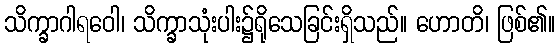
သိက္ခာဂါရဝေါ၊ သိက္ခာသုံးပါး၌ရိုသေခြင်းရှိသည်။ ဟောတိ၊ ဖြစ်၏။